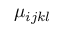
\mu _ { i j k l }